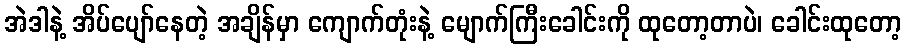
အဲဒါနဲ့ အိပ်ပျော်နေတဲ့ အချိန်မှာ ကျောက်တုံးနဲ့ မျောက်ကြီးခေါင်းကို ထုတော့တာပဲ၊ ခေါင်းထုတော့